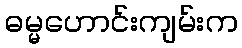
ဓမ္မဟောင်းကျမ်းက